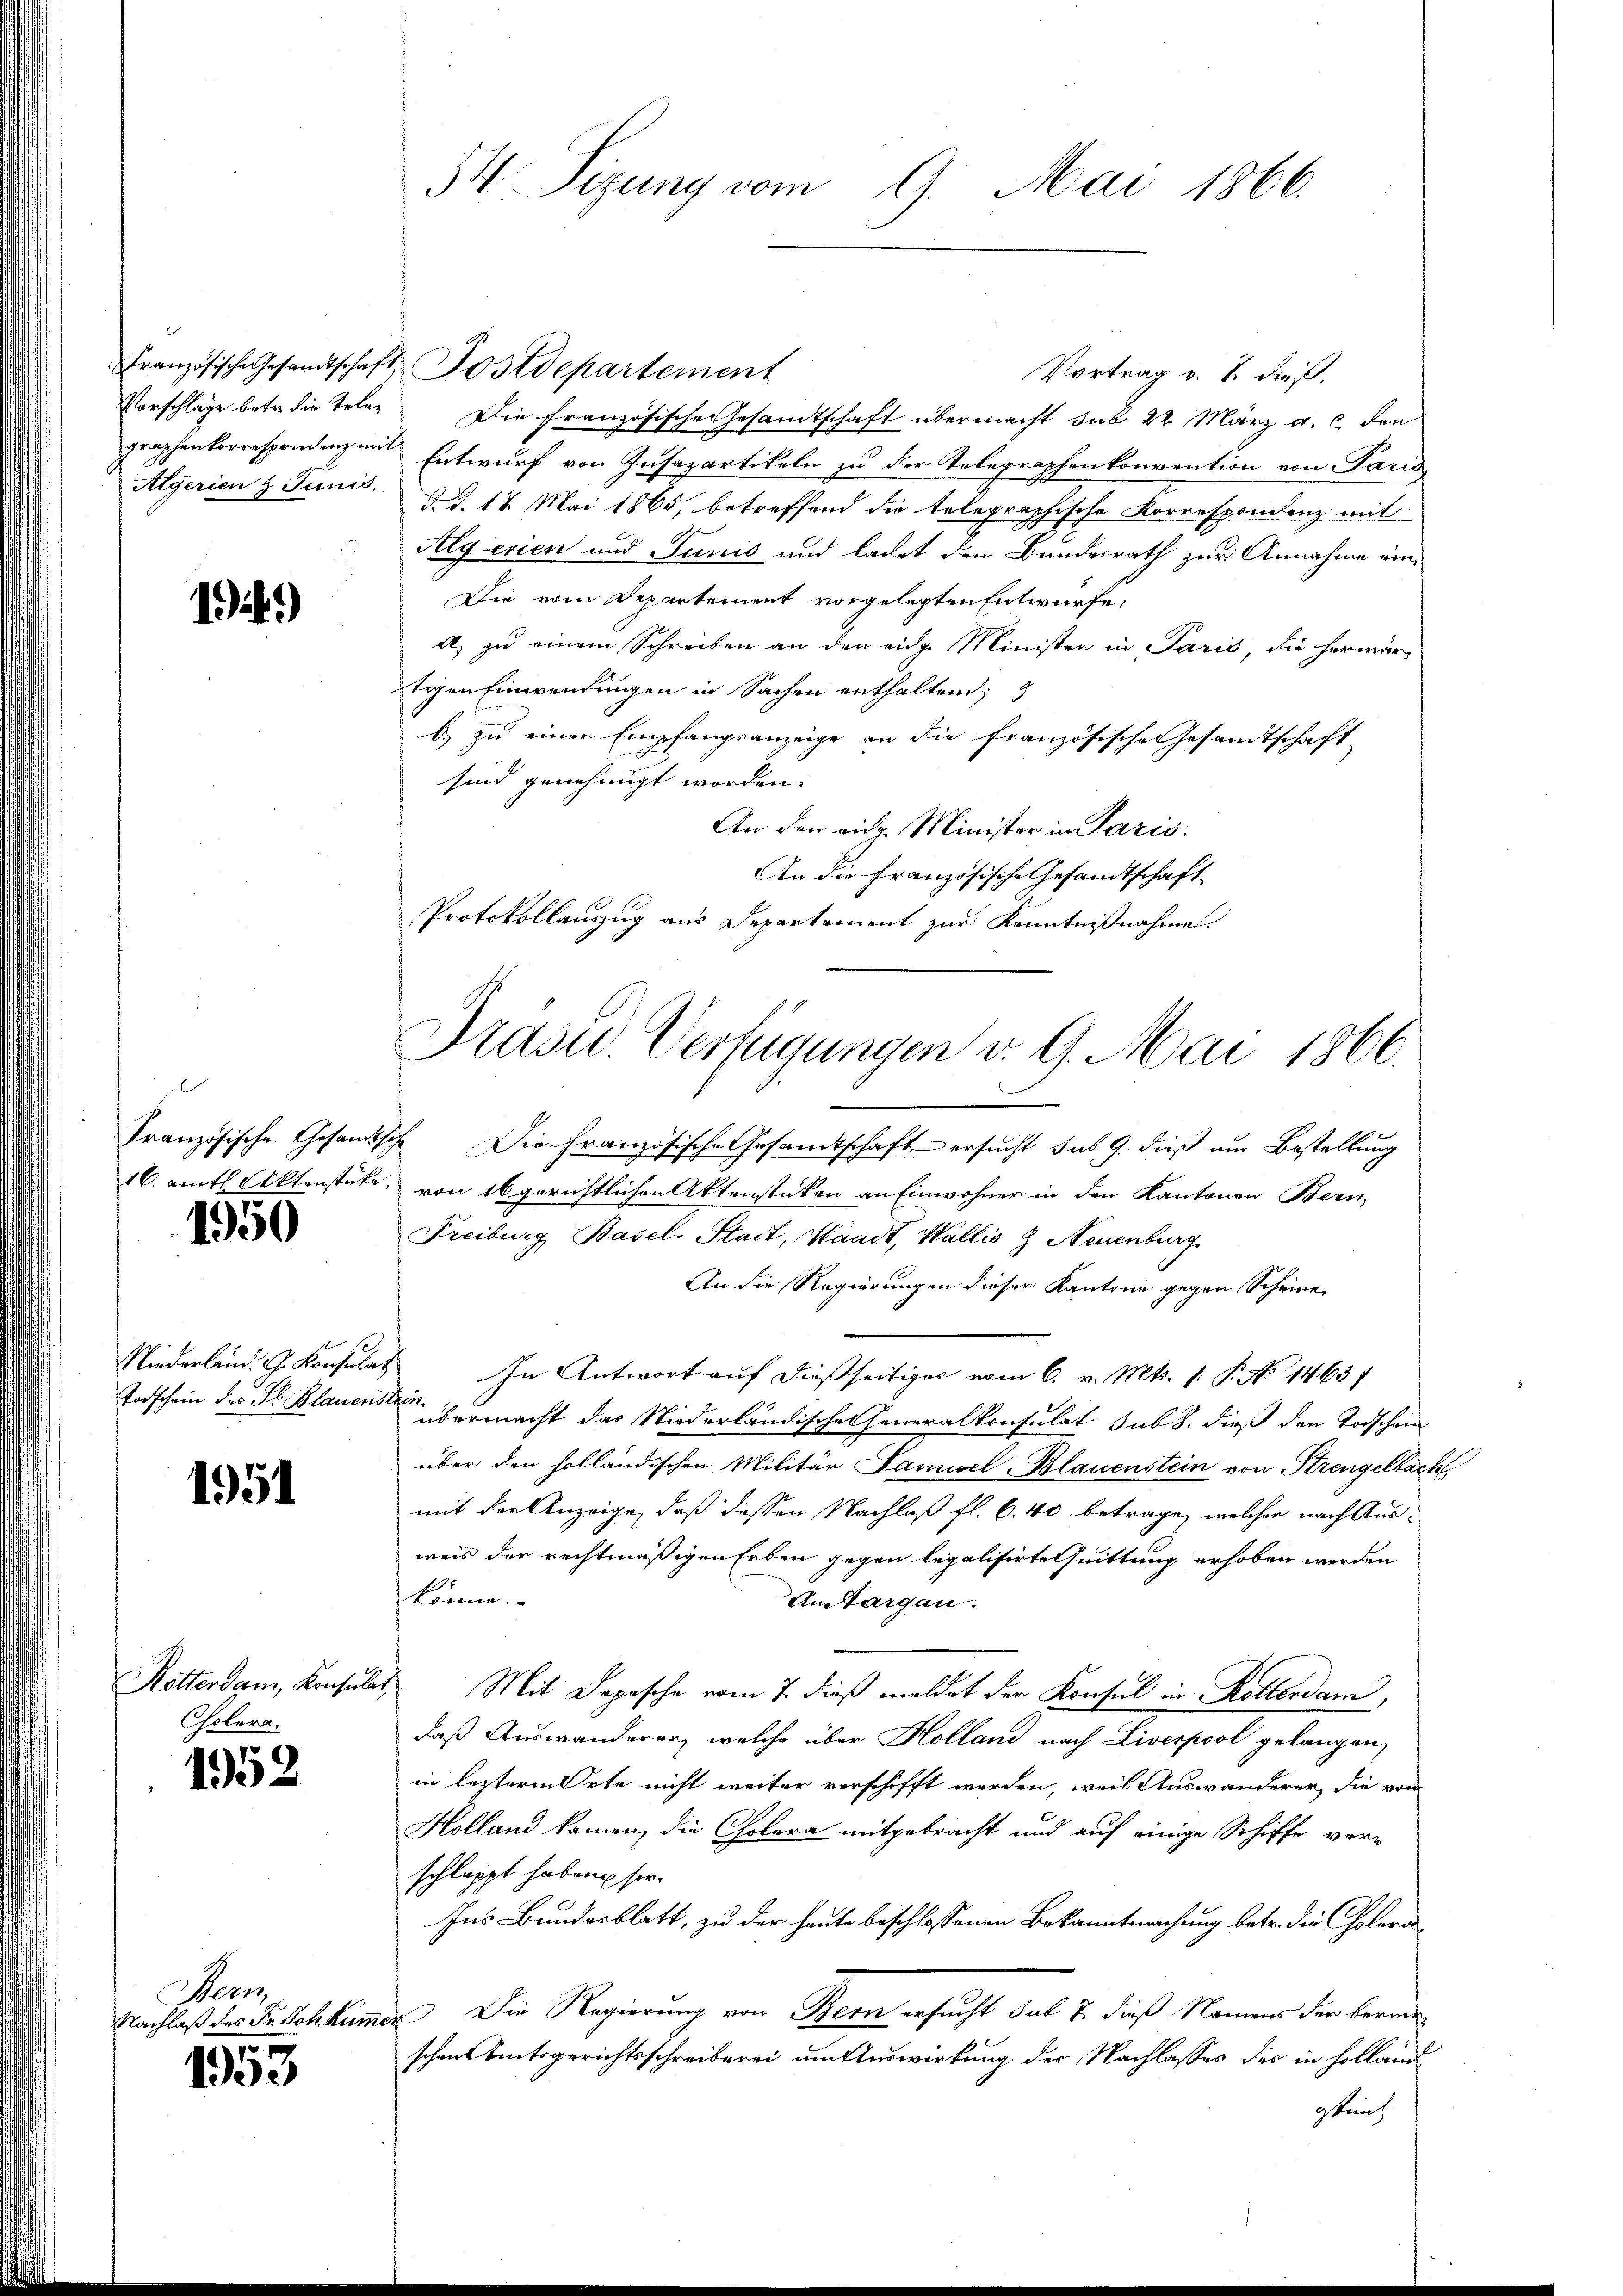
Algerien & Junis.

1.)

s

1950

Niederland. G. Konsula¬
Todschein des Dr. Blauern

1954

Rötterdam, Konsula
Cholera.

1952

Hern
Nachlaß des Dr. Joh. Kur

1953

Französische Gesandtschaft Postdepartement
Vortrag v. 7. dieß.
Vorschlage betr. die teler. Die französische Gesandtschaft übermacht sub 22. März a. c. den
graphenkorrespondenzen Entwurf von Insapartikeln zu der Telegraphenkonvention von Paris
d. d. 18. Mai 1865, betreffend die telegraphische Korrespondenz mit
Algerien und Junis und ladet den Bundesrath zur Annahme ein¬
Die vom Departement vorgelegten Entwürfe,
a) zu einem Schreiben an den eidg. Minister in Paris, die herwärstigen Einwendungen in Sachen enthaltend,
b) zu einer Empfangsanzeige an die französische Gesandtschaft
sind genehmigt worden.
An den eidg. Minister in Paris.
An die Französische Gesandtschaft
Protokollauszug aus Departement zur Kenntnißnahme.

54 Sizung vom
9. Mai 1866.

Präsid.. Verfügungen v. 9. Mai 1866.

Französische Gesandtsche Die Französische Gesandtschaft ersucht sub 9. dieß um Bestellung
16. amtl. Aktenstücke, von 16 gerichtlichen Aktenstücken an Einwohner in den Kantonen Bern,
Freiburg Basel-Stadt, Waadt, Wallis Z Neuenburg
An die Regierungen dieser Kantone gegen Scheine
 In Antwort auf dießseitiges vom 6. v. Mts. 1. P. No 14637
 übermacht das Niederländischer Generalkonsulat sub. dieß den Todschein
über den holländischen Militär Samuel Blauenstein von Strengelbach
mit der Anzeige, daß dessen Nachlaß fl. 6. 40 betrage, welcher nach Ausweis der rechtmäßigen Erben gegen legalisirte Quittung erhoben werden
könne.
Amtargau:
h
Mit Depesche vom 7. dieß meldet der Konsul in Kollerdam,
daß Auswanderer, welche über Holland nach Liverpool gelangen,
in lezterm Orte nicht weiter verschifft werden, weil Auswanderer die von
Holland kamen, die Cholera mitgebracht und auf einige Schiffe vorschlappt haben ser
Ins Bundesblatt, zu der heute beschlossenen Bekanntmachung betr. die Cholera¬
Die Regierung von Bern ersucht sub 7 dieß Namens der berein
a
schen Amtsgerichtsschreiberei mitterwirkung der Nachlasses des in Holland
gleich